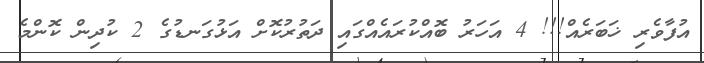
އުފާވެރި ޚަބަރެއް!!! 4 އަހަރު ބޮއްކުރައެއްގައި ދަތުރުކޮށް އަޅުގަނޑުގެ 2 ކުދިން ކޮންމެ